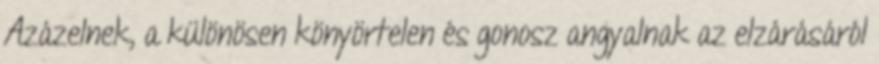
Azázelnek, a különösen könyörtelen és gonosz angyalnak az elzárásáról